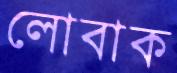
লোবাক